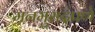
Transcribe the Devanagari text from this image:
मनमुरादपणे